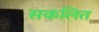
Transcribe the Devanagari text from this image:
सकलित